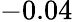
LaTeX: -0.04